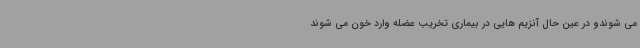
می شوندو در عین حال آنزیم هایی در بیماری تخریب عضله وارد خون می شوند